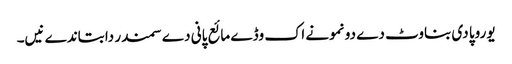
یوروپا دی بناوٹ دے دو نمونے اک وڈے مائع پانی دے سمندر دا بتاندے نیں۔